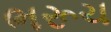
ભરૂચ